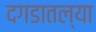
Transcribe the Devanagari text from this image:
दगडातल्या